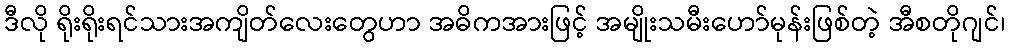
ဒီလို ရိုးရိုးရင်သားအကျိတ်လေးတွေဟာ အဓိကအားဖြင့် အမျိုးသမီးဟော်မုန်းဖြစ်တဲ့ အီစတိုဂျင်၊